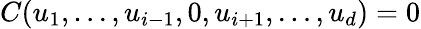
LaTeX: C(u_{1},\dots,u_{i-1},0,u_{i+1},\dots,u_{d})=0